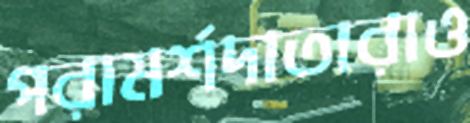
পরামর্শদাতারাও